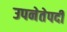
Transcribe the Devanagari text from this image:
उपनेतेपदी